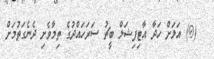
(@) އަލަށް ހަދާ އާޓިފިޝަލް ބީޗު ސަރަހައްދުގެ ތިމާވެށި ދެނެގަތުމަށް